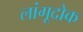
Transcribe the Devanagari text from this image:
लांगूदोक